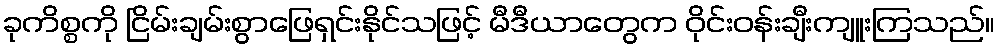
ခုကိစ္စကို ငြိမ်းချမ်းစွာဖြေရှင်းနိုင်သဖြင့် မီဒီယာတွေက ဝိုင်းဝန်းချီးကျူးကြသည်။